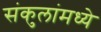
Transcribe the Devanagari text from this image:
संकुलांमध्ये